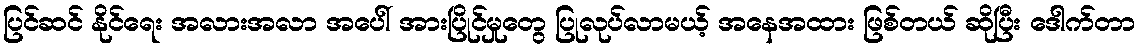
ပြင်ဆင် နိုင်ရေး အလားအလာ အပေါ် အားပြိုင်မှုတွေ ပြုလုပ်လာမယ့် အနေအထား ဖြစ်တယ် ဆိုပြီး ဒေါက်တာ